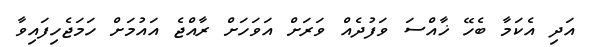
އަދި އެކަމާ ބެހޭ ޚާއްސަ ވަފުދެއް ވަރަށް އަވަހަށް ރާއްޖެ އައުމަށް ހަމަޖެހިފައިވާ